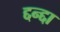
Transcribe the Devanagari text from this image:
द्दन्द्दा